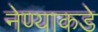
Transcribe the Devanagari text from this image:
नेण्याकडे